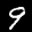
Label: 9